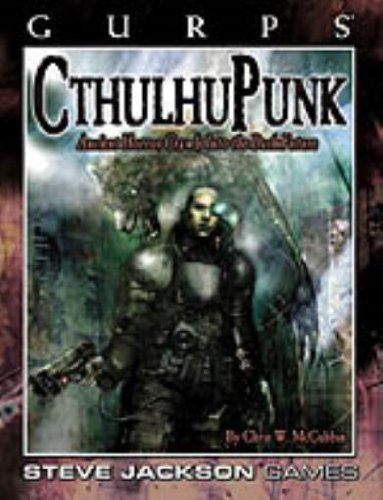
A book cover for GURPS CthulhuPunk: Ancient Horror Crawls into the Dark Future; Steve Jackson Games; Science Fiction & Fantasy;